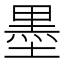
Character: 墨